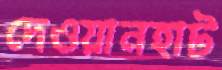
দেওয়ানহাট